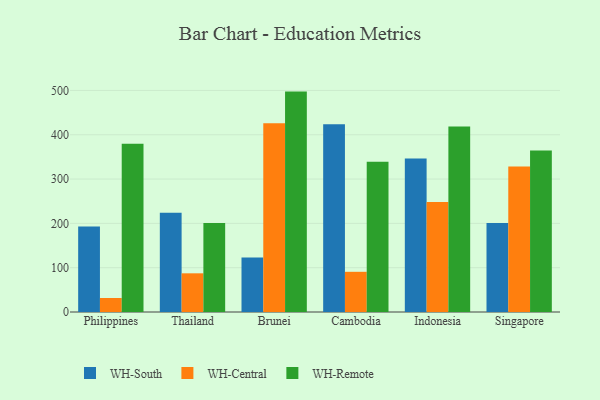
{"axis": {"x": "Country", "y": "Bounce Rate (%)"}, "legend": ["WH-Central", "WH-Remote", "WH-South"], "data": [{"x": "Philippines", "y": 192.8, "type": "WH-South"}, {"x": "Philippines", "y": 31.6, "type": "WH-Central"}, {"x": "Philippines", "y": 379.9, "type": "WH-Remote"}, {"x": "Thailand", "y": 223.8, "type": "WH-South"}, {"x": "Thailand", "y": 87.3, "type": "WH-Central"}, {"x": "Thailand", "y": 200.6, "type": "WH-Remote"}, {"x": "Brunei", "y": 123.2, "type": "WH-South"}, {"x": "Brunei", "y": 426.1, "type": "WH-Central"}, {"x": "Brunei", "y": 497.4, "type": "WH-Remote"}, {"x": "Cambodia", "y": 423.5, "type": "WH-South"}, {"x": "Cambodia", "y": 90.7, "type": "WH-Central"}, {"x": "Cambodia", "y": 339.3, "type": "WH-Remote"}, {"x": "Indonesia", "y": 346.6, "type": "WH-South"}, {"x": "Indonesia", "y": 248.4, "type": "WH-Central"}, {"x": "Indonesia", "y": 418.4, "type": "WH-Remote"}, {"x": "Singapore", "y": 200.9, "type": "WH-South"}, {"x": "Singapore", "y": 328.1, "type": "WH-Central"}, {"x": "Singapore", "y": 364.4, "type": "WH-Remote"}]}